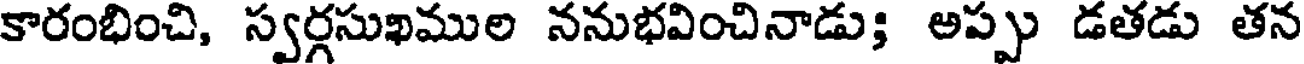
కారంభించి, స్వర్గసుఖముల ననుభవించినాడు; అప్పు డతడు తన